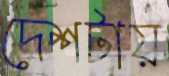
দেশটায়